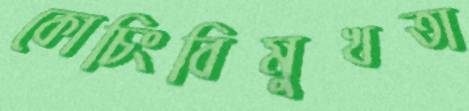
কোচিংবিমুখতা